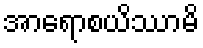
အာရောစယိဿာမိ